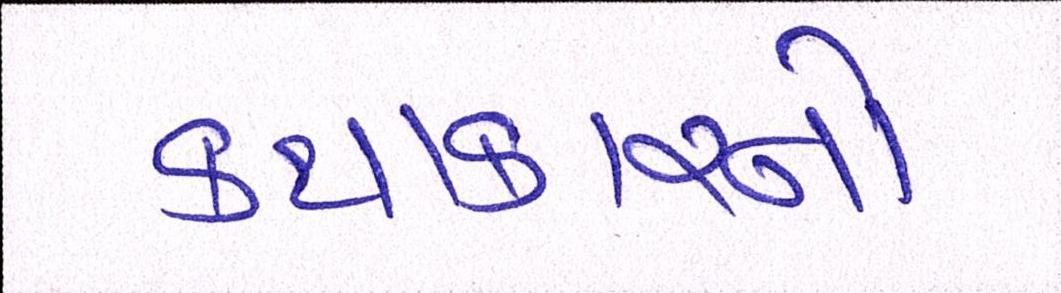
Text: કથાકારનો